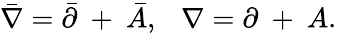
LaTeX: \bar{\nabla}=\bar{\partial}~+~\bar{A},~~~\nabla=\partial~+~A.